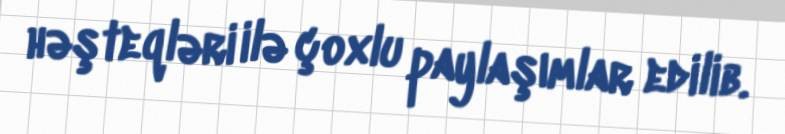
həşteqləri ilə çoxlu paylaşımlar edilib.